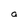
Character: a